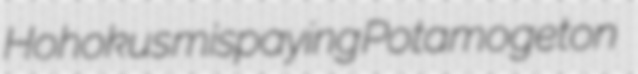
Hohokus mispaying Potamogeton